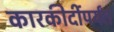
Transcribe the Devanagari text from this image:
कारकीर्दीपर्यंत